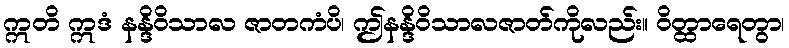
ဣတိ ဣဒံ နန္ဒိဝိသာလ ဇာတကံပိ၊ ဤနန္ဒိဝိသာလဇာတ်ကိုလည်း။ ဝိတ္ထာရေတွာ၊